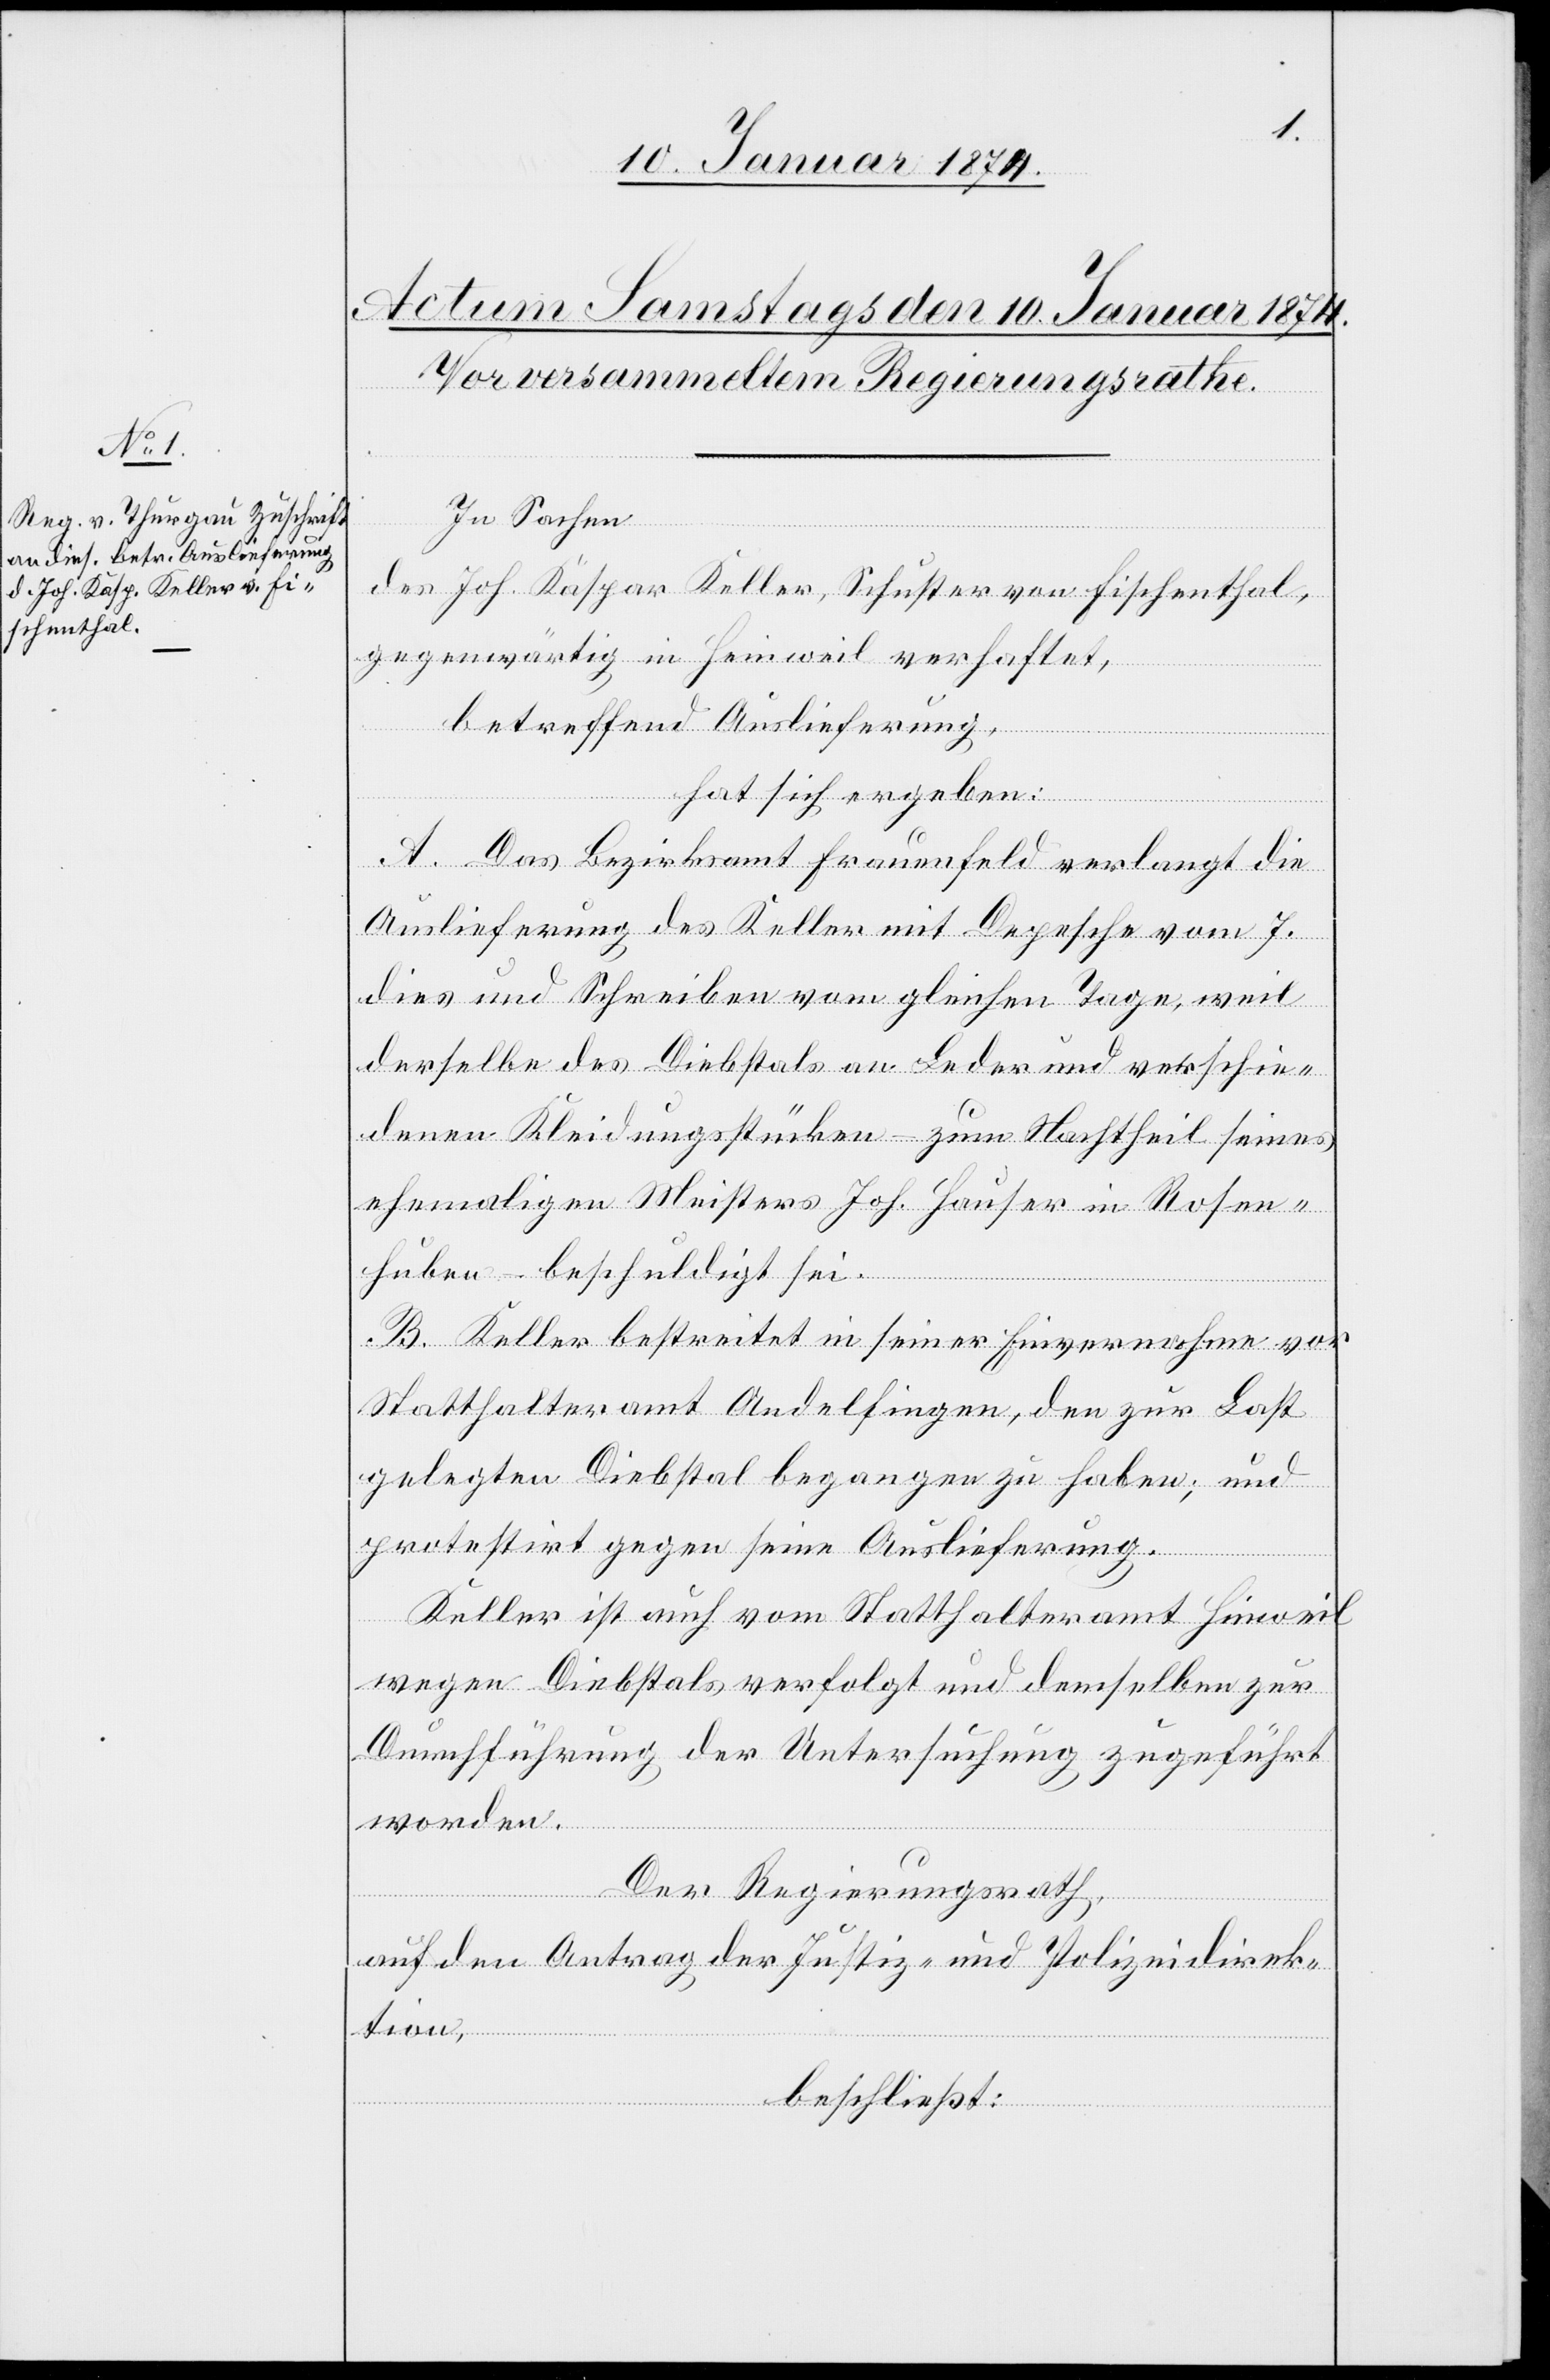
In Sachen
des Joh. Kaspar Keller, Schuster von Fischenthal,
gegenwärtig in Hinweil verhaftet,
betreffend Auslieferung,
hat sich ergeben:
A. Das Bezirksamt Frauenfeld verlangt die
Auslieferung des Keller mit Depesche vom 7.
dies und Schreiben vom gleichen Tage, mit
der selber des Diebstals an Leder und verschie¬
denen Kleidungsstücken – zum Nachtheil seines
ehemaligen Meisters Joh. Hauser in Rosen¬
huben – beschuldigt sei.
B. Keller bestreitet in seiner Einvernahme vor
Statthalteramt Andelfingen, den zur Last
gelegten Diebstal begangen zu haben, und
protestirt gegen seine Auslieferung.
Keller ist auch vom Statthalteramt Hinweil
wegen Diebstals verfolgt und demselben zur
Durchführung der Untersuchung zugeführt
worden.
Der Regierungsrath,
auf den Antrag der Justiz– und Polizeidirek¬
tion,
beschliesst: